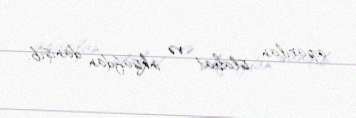
aparılan islahat və inkişafdan danışıb.